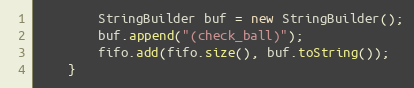
Language: Java
        StringBuilder buf = new StringBuilder();
        buf.append("(check_ball)");
        fifo.add(fifo.size(), buf.toString());
    }